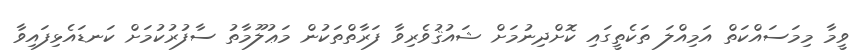
ވީމާ މިމަސައްކަތް އަމިއްލަ ތަކެތީގައި ކޮށްދިނުމަށް ޝައުޤުވެރިވާ ފަރާތްތަކުން މަޢުލޫމާތު ސާފުރުކުމަށް ކަނޑައެޅިފައިވާ